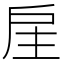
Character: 𢨸